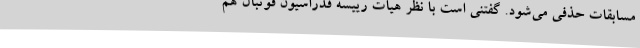
مسابقات حذفی می‌شود. گفتنی است با نظر هیات رییسه فدراسیون فوتبال هم